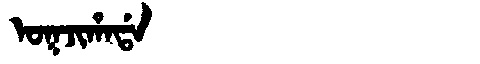
Manchu: ᠣᡴᠵᡳᡥᠠᡩᠠ
Romanization: OKJIHADA